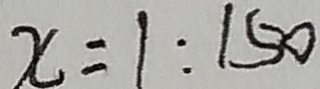
x = 1 : 1 5 0